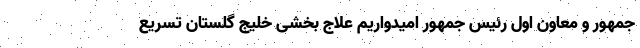
جمهور و معاون اول رئیس جمهور امیدواریم علاج بخشی خلیج گلستان تسریع